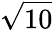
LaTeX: \sqrt{10}